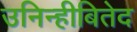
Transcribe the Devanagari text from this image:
उनिन्हीबितेद